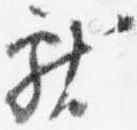
献